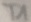
Text: T1